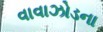
વાવાઝોડના